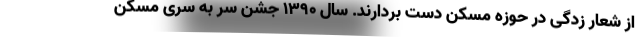
از شعار زدگی در حوزه مسکن دست بردارند. سال ۱۳۹۰ جشن سر به سری مسکن